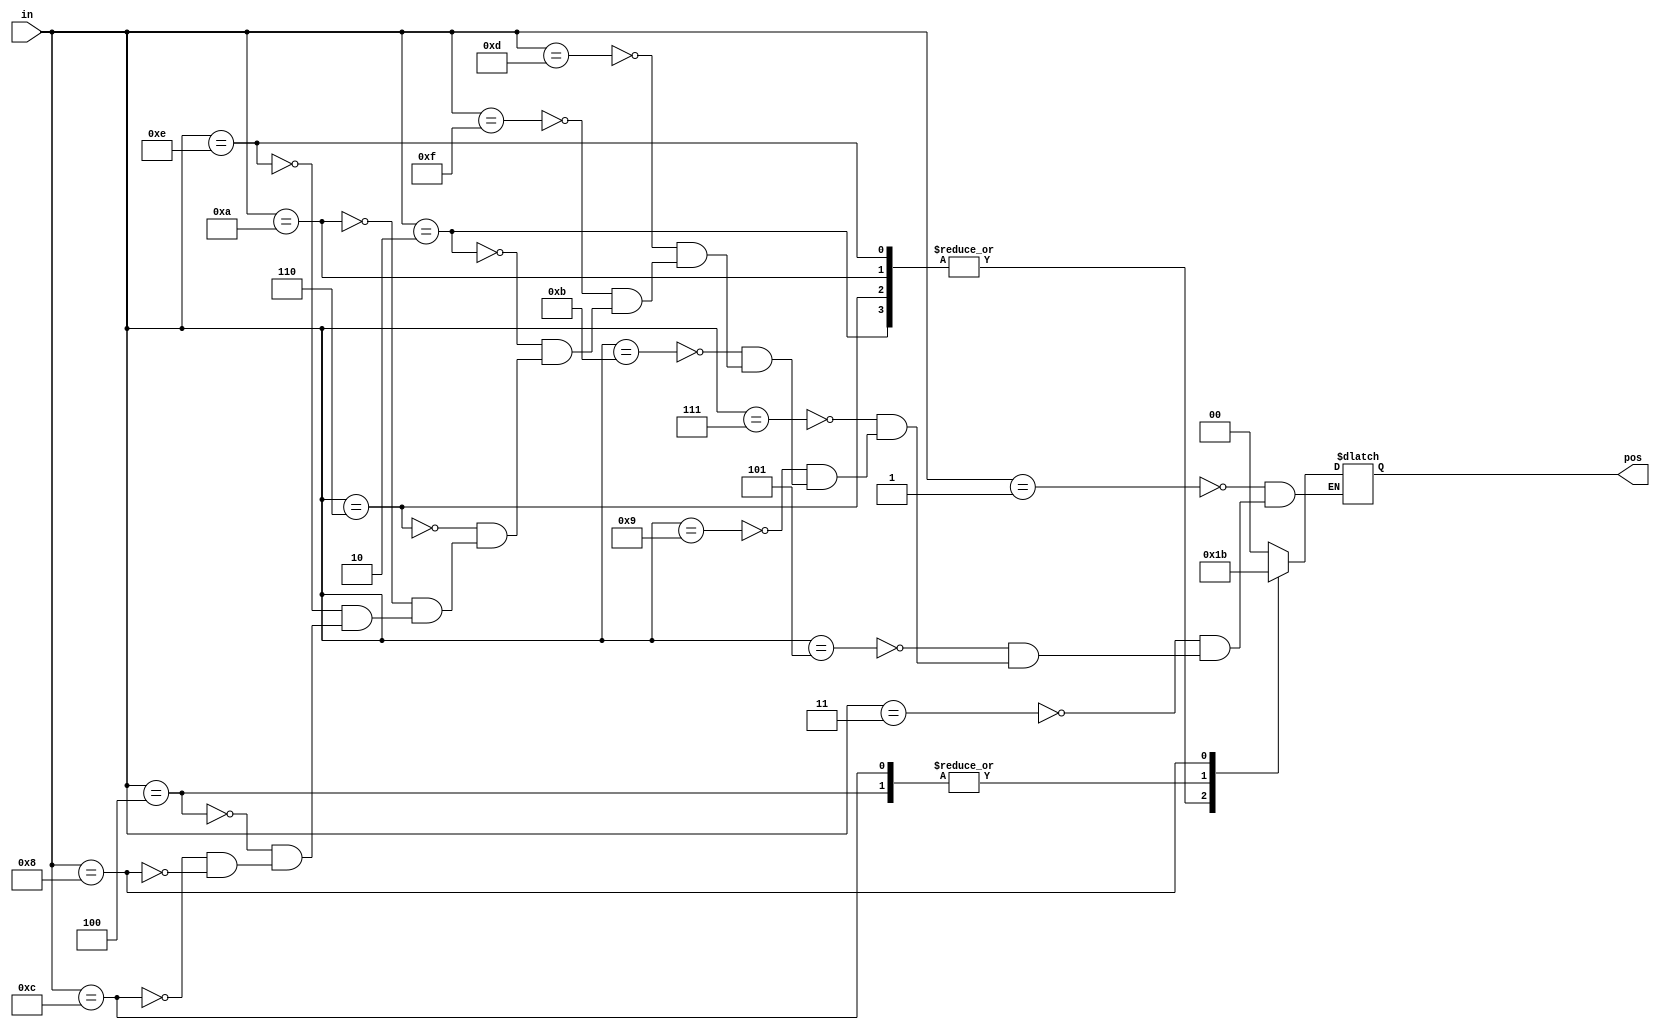
// priority encoder

module top_module (
    input [3:0] in,
    output reg [1:0] pos  );

    always @ (*) begin
        case (in)
            4'b0001: begin
                pos = 2'd0;
            end

            4'b0011: begin
                pos = 2'd0;
            end

            4'b0101: begin
                pos = 2'd0;
            end

            4'b0111: begin
                pos = 2'd0;
            end

            4'b1001: begin
                pos = 2'd0;
            end

            4'b1011: begin
                pos = 2'd0;
            end

            4'b1101: begin
                pos = 2'd0;
            end

            4'b1111: begin
                pos = 2'd0;
            end

            4'b0010: begin
                pos = 2'd1;
            end

            4'b0110: begin
                pos = 2'd1;
            end

            4'b1010: begin
                pos = 2'd1;
            end

            4'b1110: begin
                pos = 2'd1;
            end

            4'b0100: begin
                pos = 2'd2;
            end

            4'b1100: begin
                pos = 2'd2;
            end

            4'b1000: begin
                pos = 2'd3;
            end
        endcase
    end

endmodule